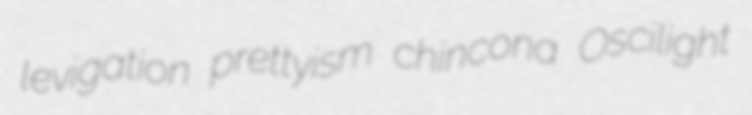
levigation prettyism chincona Oscilight